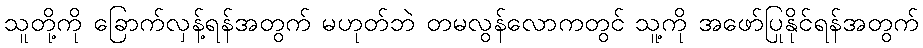
သူတို့ကို ခြောက်လှန့်ရန်အတွက် မဟုတ်ဘဲ တမလွန်လောကတွင် သူ့ကို အဖော်ပြုနိုင်ရန်အတွက်